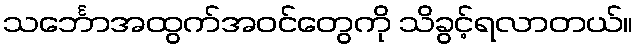
သင်္ဘောအထွက်အဝင်တွေကို သိခွင့်ရလာတယ်။